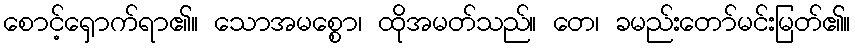
စောင့်ရှောက်ရာ၏။ သောအမစ္စော၊ ထိုအမတ်သည်။ တေ၊ ခမည်းတော်မင်းမြတ်၏။